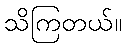
သိကြတယ်။